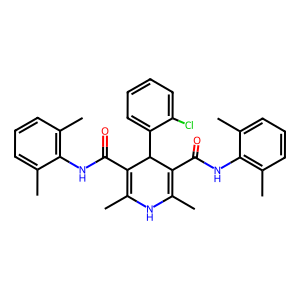
SMILES: CC1=C(C(=O)Nc2c(C)cccc2C)C(c2ccccc2Cl)C(C(=O)Nc2c(C)cccc2C)=C(C)N1
Inhibits HIV replication: No